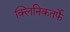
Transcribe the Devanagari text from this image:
क्‍लिनिकतर्फे